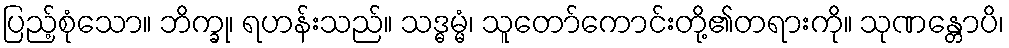
ပြည့်စုံသော။ ဘိက္ခု၊ ရဟန်းသည်။ သဒ္ဓမ္မံ၊ သူတော်ကောင်းတို့၏တရားကို။ သုဏန္တောပိ၊